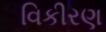
વિકીરણ